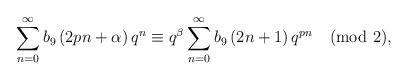
\begin{align*}\sum_{n=0}^{\infty}b_{9}\left(2pn+\alpha \right)q^{n}\equiv q^{\beta}\sum_{n=0}^{\infty}b_{9}\left(2n+1\right)q^{pn} \pmod2,\end{align*}